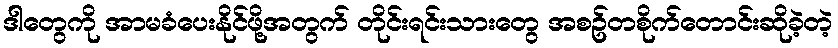
ဒါတွေကို အာမခံပေးနိုင်ဖို့အတွက် တိုင်းရင်းသားတွေ အစဥ်တစိုက်တောင်းဆိုခဲ့တဲ့